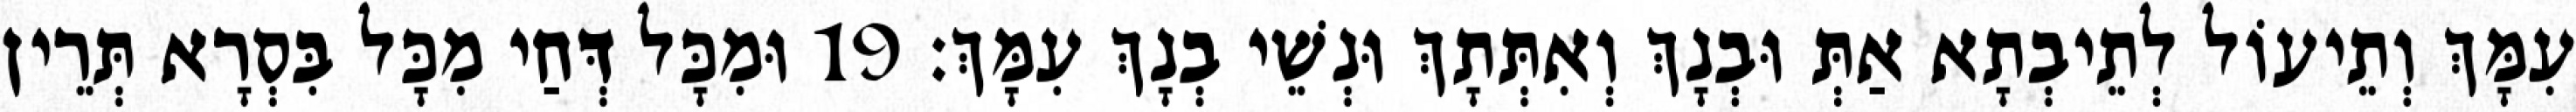
עִמָּךְ וְתֵיעוֹל לְתֵיבְתָא אַתְּ וּבְנָךְ וְאִתְּתָךְ וּנְשֵׁי בְנָךְ עִמָּךְ׃ 19 וּמִכָּל דְּחַי מִכָּל בִּסְרָא תְּרֵין